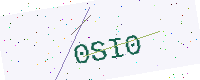
Text: 0SI0